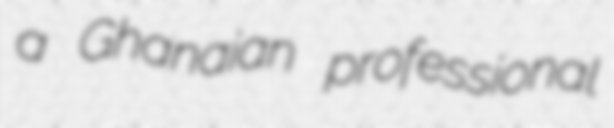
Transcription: a Ghanaian professional